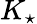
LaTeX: K_{\star}